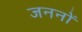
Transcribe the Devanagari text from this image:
जननों